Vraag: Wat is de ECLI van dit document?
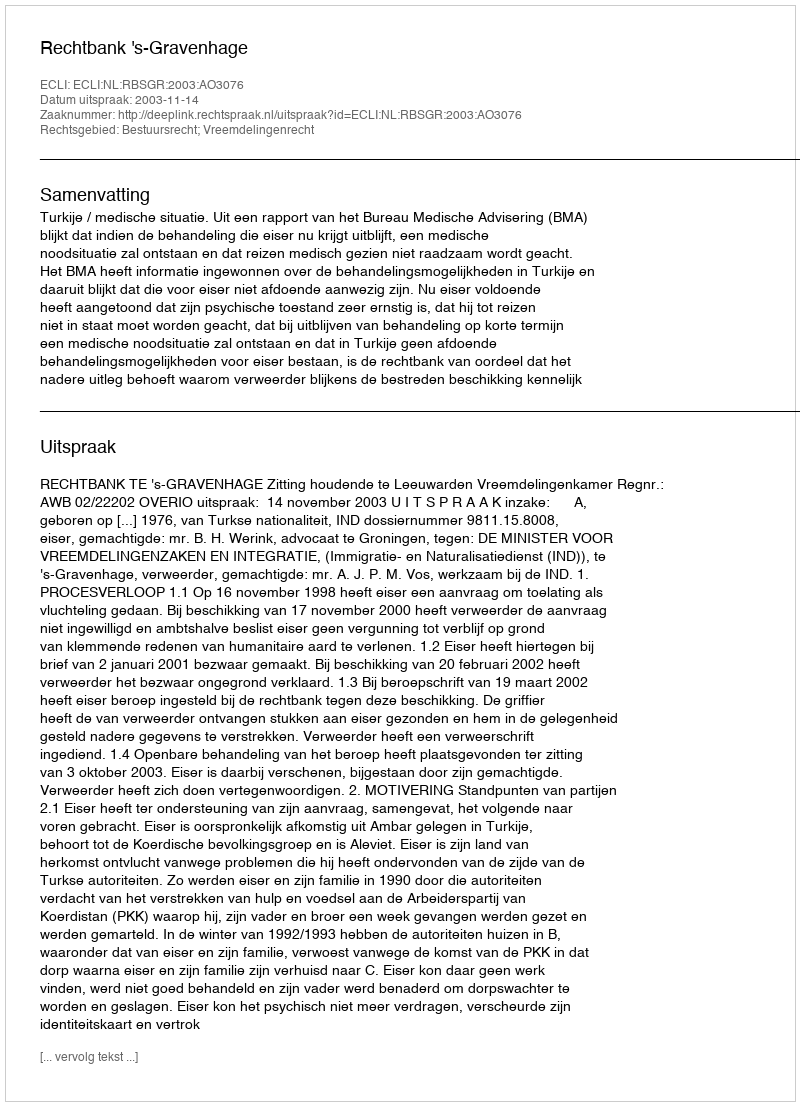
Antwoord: ECLI:NL:RBSGR:2003:AO3076